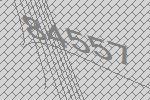
84557